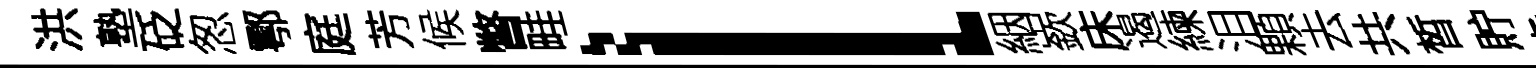
洪塾砭怱鄠庭芳候瞥畦l絪嶔床遏練泪顆去共晳貯肯